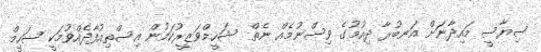
ސިޔާސީ މައިދާނަށް އަނބުރާ ދިއުމުގެ ވިސްނުމެއް ނެތް  ޝަހީމްވަޒީރުކަމުން އިސްތިއުފާދެއްވުމަކީ ޝަހީމް